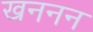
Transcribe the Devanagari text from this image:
खननन